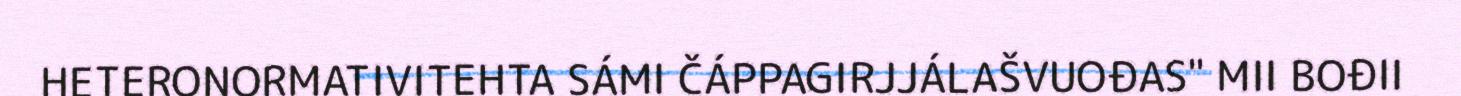
HETERONORMATIVITEHTA SÁMI ČÁPPAGIRJJÁLAŠVUOĐAS" MII BOĐII